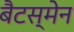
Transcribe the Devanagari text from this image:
बैटस्मेन